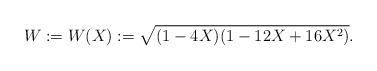
LaTeX: \begin{align*} W := W(X) :=\sqrt{(1-4X)(1-12X+16X^{2})}.\end{align*}